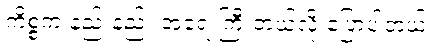
ကိစ္စက နည်းနည်း အရေးကြီးတယ်လို့ ပြောပါတယ်။